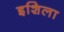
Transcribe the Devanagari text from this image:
इशिला